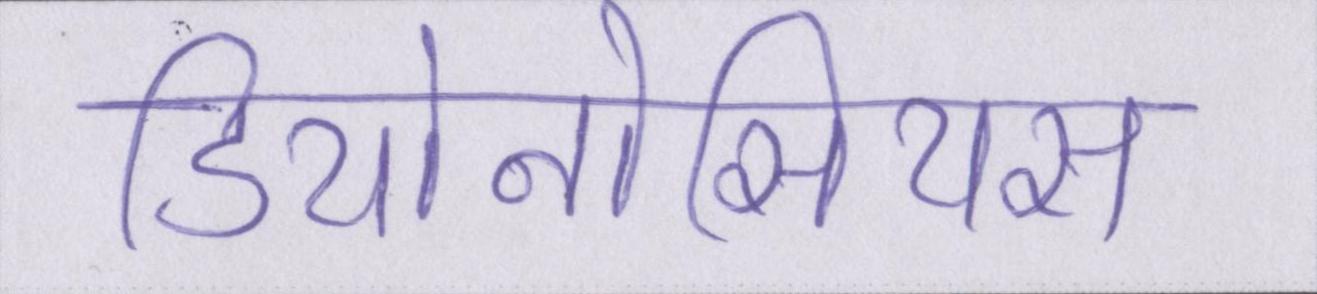
डियोनोसियस